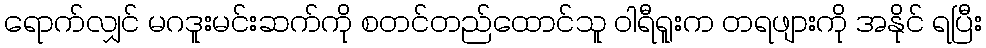
ရောက်လျှင် မဂဒူးမင်းဆက်ကို စတင်တည်ထောင်သူ ဝါရီရူးက တရဖျားကို အနိုင် ရပြီး